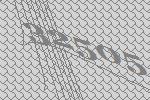
32505